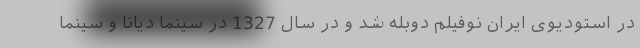
در استودیوی ایران نوفیلم دوبله شد و در سال 1327 در سینما دیانا و سینما